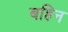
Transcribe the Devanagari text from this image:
बहिन